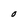
Character: O